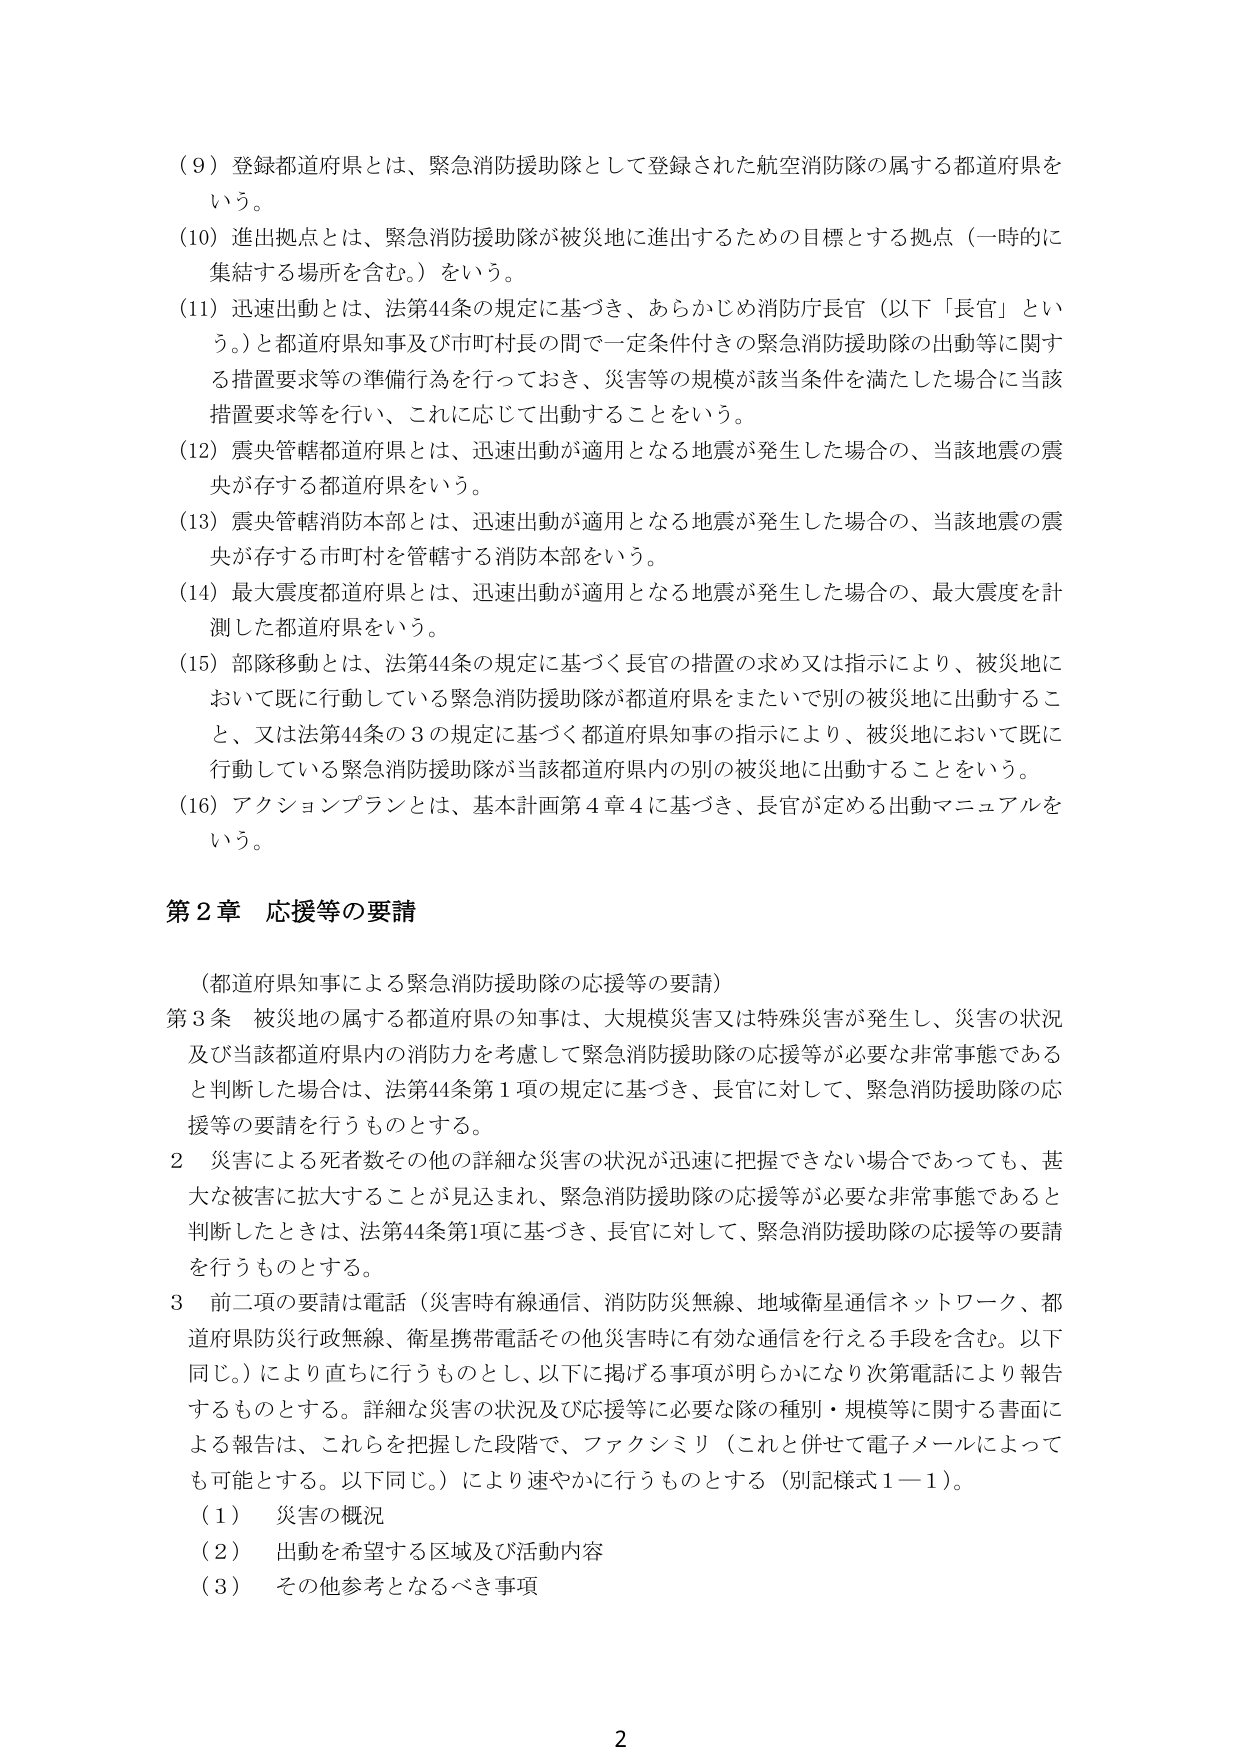
（９）登録都道府県とは、緊急消防援助隊として登録された航空消防隊の属する都道府県をいう。

（10）進出拠点とは、緊急消防援助隊が被災地に進出するための目標とする拠点（一時的に集結する場所を含む。）をいう。

（11）迅速出動とは、法第44条の規定に基づき、あらかじめ消防庁長官（以下「長官」という。）と都道府県知事及び市町村長の間で一定条件付きの緊急消防援助隊の出動等に関する措置要求等の準備行為を行っておき、災害等の規模が該当条件を満たした場合に当該措置要求等を行い、これに応じて出動することをいう。

（12）震央管轄都道府県とは、迅速出動が適用となる地震が発生した場合の、当該地震の震央が存する都道府県をいう。

（13）震央管轄消防本部とは、迅速出動が適用となる地震が発生した場合の、当該地震の震央が存する市町村を管轄する消防本部をいう。

（14）最大震度都道府県とは、迅速出動が適用となる地震が発生した場合の、最大震度を計測した都道府県をいう。

（15）部隊移動とは、法第44条の規定に基づく長官の措置の求め又は指示により、被災地において既に行動している緊急消防援助隊が都道府県をまたいで別の被災地に出動すること、又は法第44条の３の規定に基づく都道府県知事の指示により、被災地において既に行動している緊急消防援助隊が当該都道府県内の別の被災地に出動することをいう。

（16）アクションプランとは、基本計画第４章４に基づき、長官が定める出動マニュアルをいう。

第２章 応援等の要請

（都道府県知事による緊急消防援助隊の応援等の要請）

第３条 被災地の属する都道府県の知事は、大規模災害又は特殊災害が発生し、災害の状況及び当該都道府県内の消防力を考慮して緊急消防援助隊の応援等が必要な非常事態であると判断した場合は、法第44条第１項の規定に基づき、長官に対して、緊急消防援助隊の応援等の要請を行うものとする。

２ 災害による死者数その他の詳細な災害の状況が迅速に把握できない場合であっても、甚大な被害に拡大することが見込まれ、緊急消防援助隊の応援等が必要な非常事態であると判断したときは、法第44条第1項に基づき、長官に対して、緊急消防援助隊の応援等の要請を行うものとする。

３ 前二項の要請は電話（災害時有線通信、消防防災無線、地域衛星通信ネットワーク、都道府県防災行政無線、衛星携帯電話その他災害時に有効な通信を行える手段を含む。以下同じ。）により直ちに行うものとし、以下に掲げる事項が明らかになり次第電話により報告するものとする。詳細な災害の状況及び応援等に必要な隊の種別・規模等に関する書面による報告は、これらを把握した段階で、ファクシミリ（これと併せて電子メールによっても可能とする。以下同じ。）により速やかに行うものとする（別記様式１－１）。

（１） 災害の概況

（２） 出動を希望する区域及び活動内容

（３） その他参考となるべき事項

2